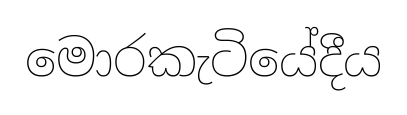
මොරකැටියේදීය